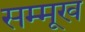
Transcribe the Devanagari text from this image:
सम्मूख